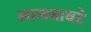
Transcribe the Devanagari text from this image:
लालबावटे